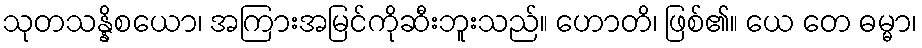
သုတသန္နိစယော၊ အကြားအမြင်ကိုဆီးဘူးသည်။ ဟောတိ၊ ဖြစ်၏။ ယေ တေ ဓမ္မာ၊